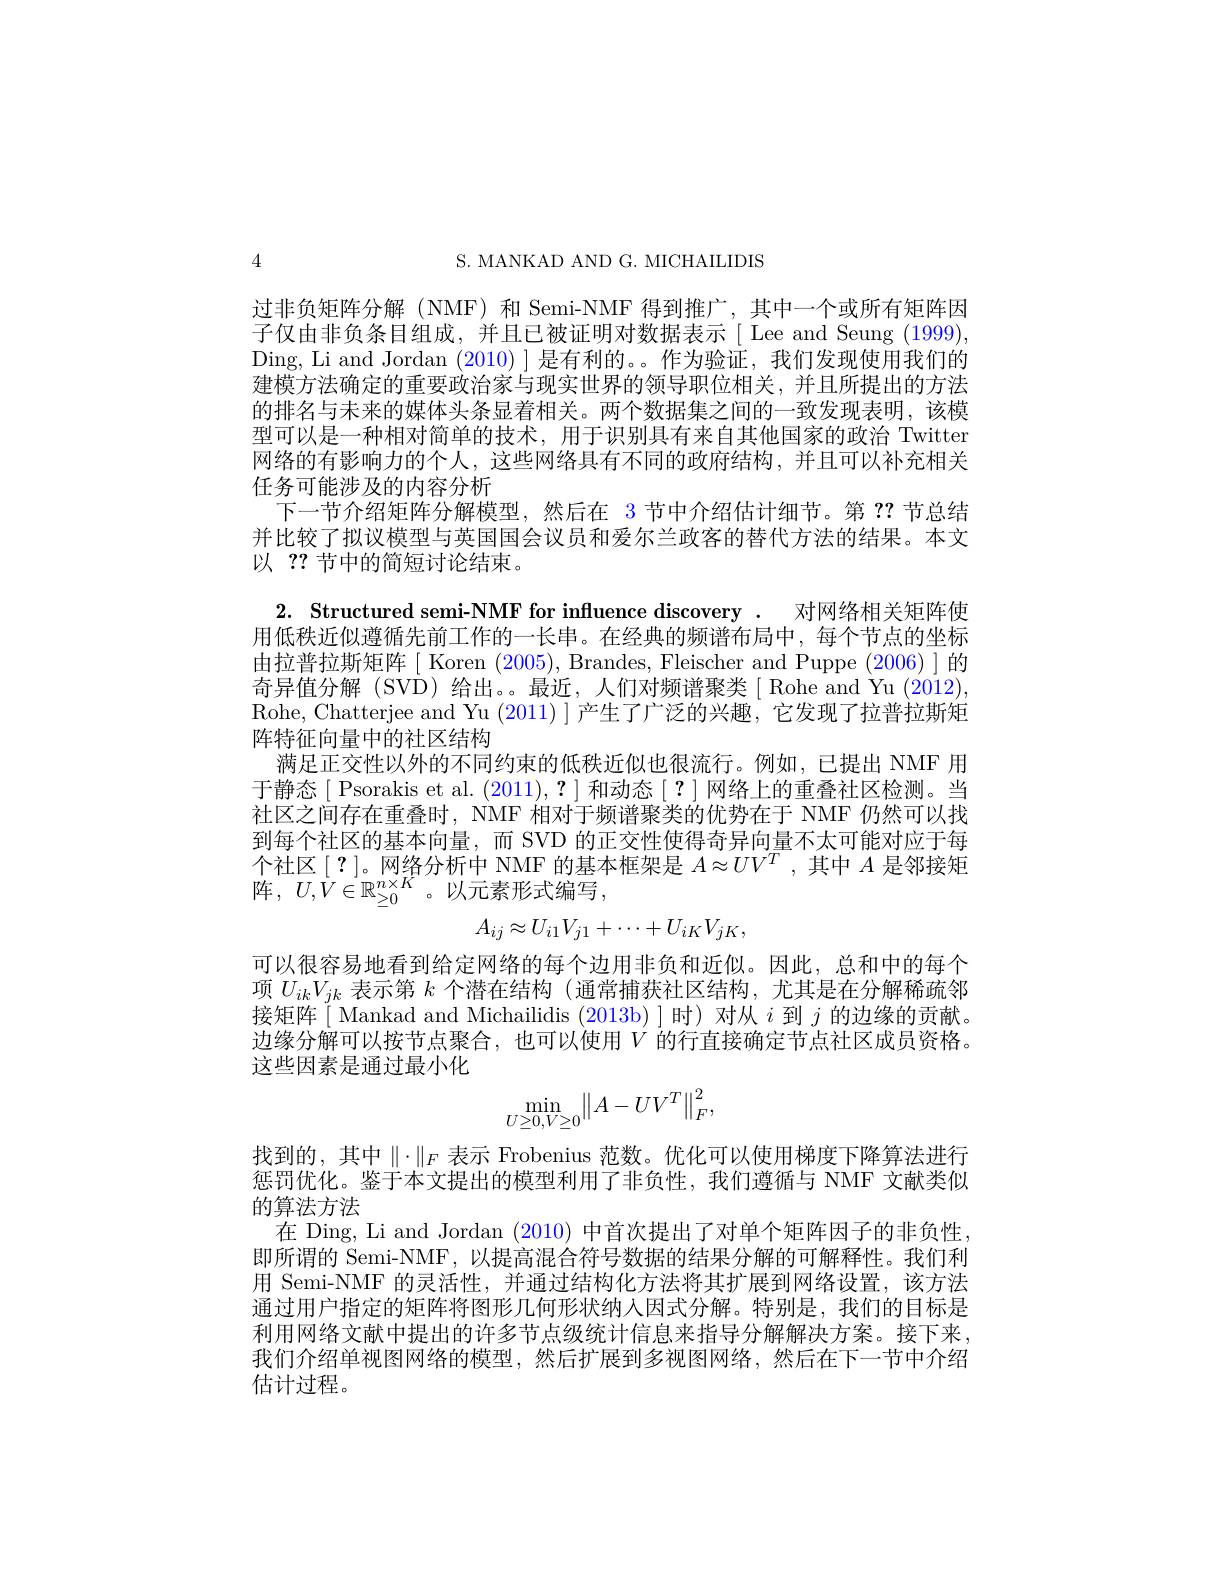
S. MANKAD AND G. MICHAIILIDIS

过非负矩阵分解(NMF)和 Semi-NMF 得到推广，其中一个或所有矩阵因子仅由非负条目组成，并且已被证明对数据表示[ Lee and Seung (1999), Ding, Li and Jordan (2010) ] 是有利的。。作为验证，我们发现使用我们的建模方法确定的重要政治家与现实世界的领导职位相关，并且所提出的方法的排名与未来的媒体头条显着相关。两个数据集之间的一致发现表明，该模型可以是一种相对简单的技术，用于识别具有来自其他国家的政治 Twitten 网络的有影响力的个人，这些网络具有不同的政府结构，并且可以补充相关任务可能涉及的内容分析
下一节介绍矩阵分解模型，然后在 3 节中介绍估计细节。第？?节总结并比较了拟议模型与英国国会议员和爱尔兰政客的替代方法的结果。本文以？?节中的简短讨论结束。

4
2. Structured semi-NMF for influence discovery . 对网络相关矩阵使用低秩近似遵循先前工作的一长串。在经典的频谱布局中，每个节点的坐标由拉普拉斯矩阵[ Koren (2005), Brandes, Fleischer and Puppe (2006)] 的奇异值分解(SVD) 给出。。最近，人们对频谱聚类[ Rohe and Yu (2012) Rohe, Chatterjee and Yu $(2011)\mid$产生了广泛的兴趣，它发现了拉普拉斯矩阵特征向量中的社区结构
满足正交性以外的不同约束的低秩近似也很流行。例如，已提出 NMF 用于静态$\mid$Psorakis et al.(2011),?|和动态$\mid?\mid$网络上的重叠社区检测。当社区之间存在重叠时，NMF 相对于频谱聚类的优势在于 NMF 仍然可以找到每个社区的基本向量，而 SVD 的正交性使得奇异向量不太可能对应于每个社区[?]。网络分析中 NMF 的基本框架是$A\approx UV^T$,其中$A$是邻接矩阵，$U, V\in \mathbb{R} _{\geq 0}^{n\times K}$。以元素形式编写，
$$A_{ij}\approx U_{i1}V_{j1}+\cdots+U_{iK}V_{jK},$$
可以很容易地看到给定网络的每个边用非负和近似。因此，总和中的每个项$U_{ik}V_{jk}$表示第$k$个潜在结构 (通常捕获社区结构，尤其是在分解稀疏邻接矩阵[ Mankad and Michailidis (2013b)]时)对从$i$到$j$的边缘的贡献。边缘分解可以按节点聚合，也可以使用$V$的行直接确定节点社区成员资格。这些因素是通过最小化
$$\min\limits_{U\ge0,V\ge0}\lVert A-UV^T\rVert_F^2,$$
找到的，其中$\|\cdot\|_F$表示 Frobenius 范数。优化可以使用梯度下降算法进行惩罚优化。鉴于本文提出的模型利用了非负性，我们遵循与 NMF 文献类似

的算法方法
在 Ding, Li and Jordan (2010)中首次提出了对单个矩阵因子的非负性即所谓的 Semi-NMF,以提高混合符号数据的结果分解的可解释性。我们利用 Semi-NMF 的灵活性，并通过结构化方法将其扩展到网络设置，该方法通过用户指定的矩阵将图形几何形状纳人因式分解。特别是，我们的目标是利用网络文献中提出的许多节点级统计信息来指导分解解决方案。接下来。我们介绍单视图网络的模型，然后扩展到多视图网络，然后在下一节中介绍估计过程。